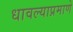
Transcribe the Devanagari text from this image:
धावल्याप्रमाणे